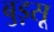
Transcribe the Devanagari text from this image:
बुड़सू